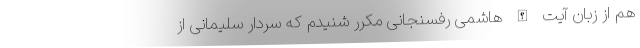
هم از زبان آیت الله هاشمی رفسنجانی مکرر شنیدم که سردار سلیمانی از